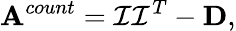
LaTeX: \mathbf{A}^{count}=\mathcal{I}\mathcal{I}^{T}-\mathbf{D},